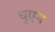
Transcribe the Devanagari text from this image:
चुएन